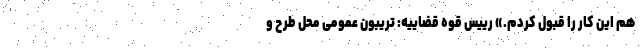
هم این کار را قبول کردم.» رییس قوه قضاییه: تریبون‌ عمومی محل طرح و